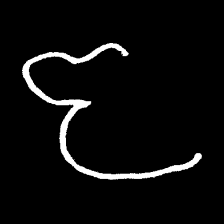
Pyu character \u2014 Myanmar letter: ဇ (romanized: ja)